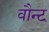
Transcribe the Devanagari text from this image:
वौन्ट